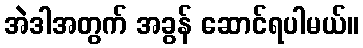
အဲဒါအတွက် အခွန် ဆောင်ရပါမယ်။